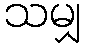
သမျှ